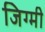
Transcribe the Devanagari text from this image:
जिग्मी